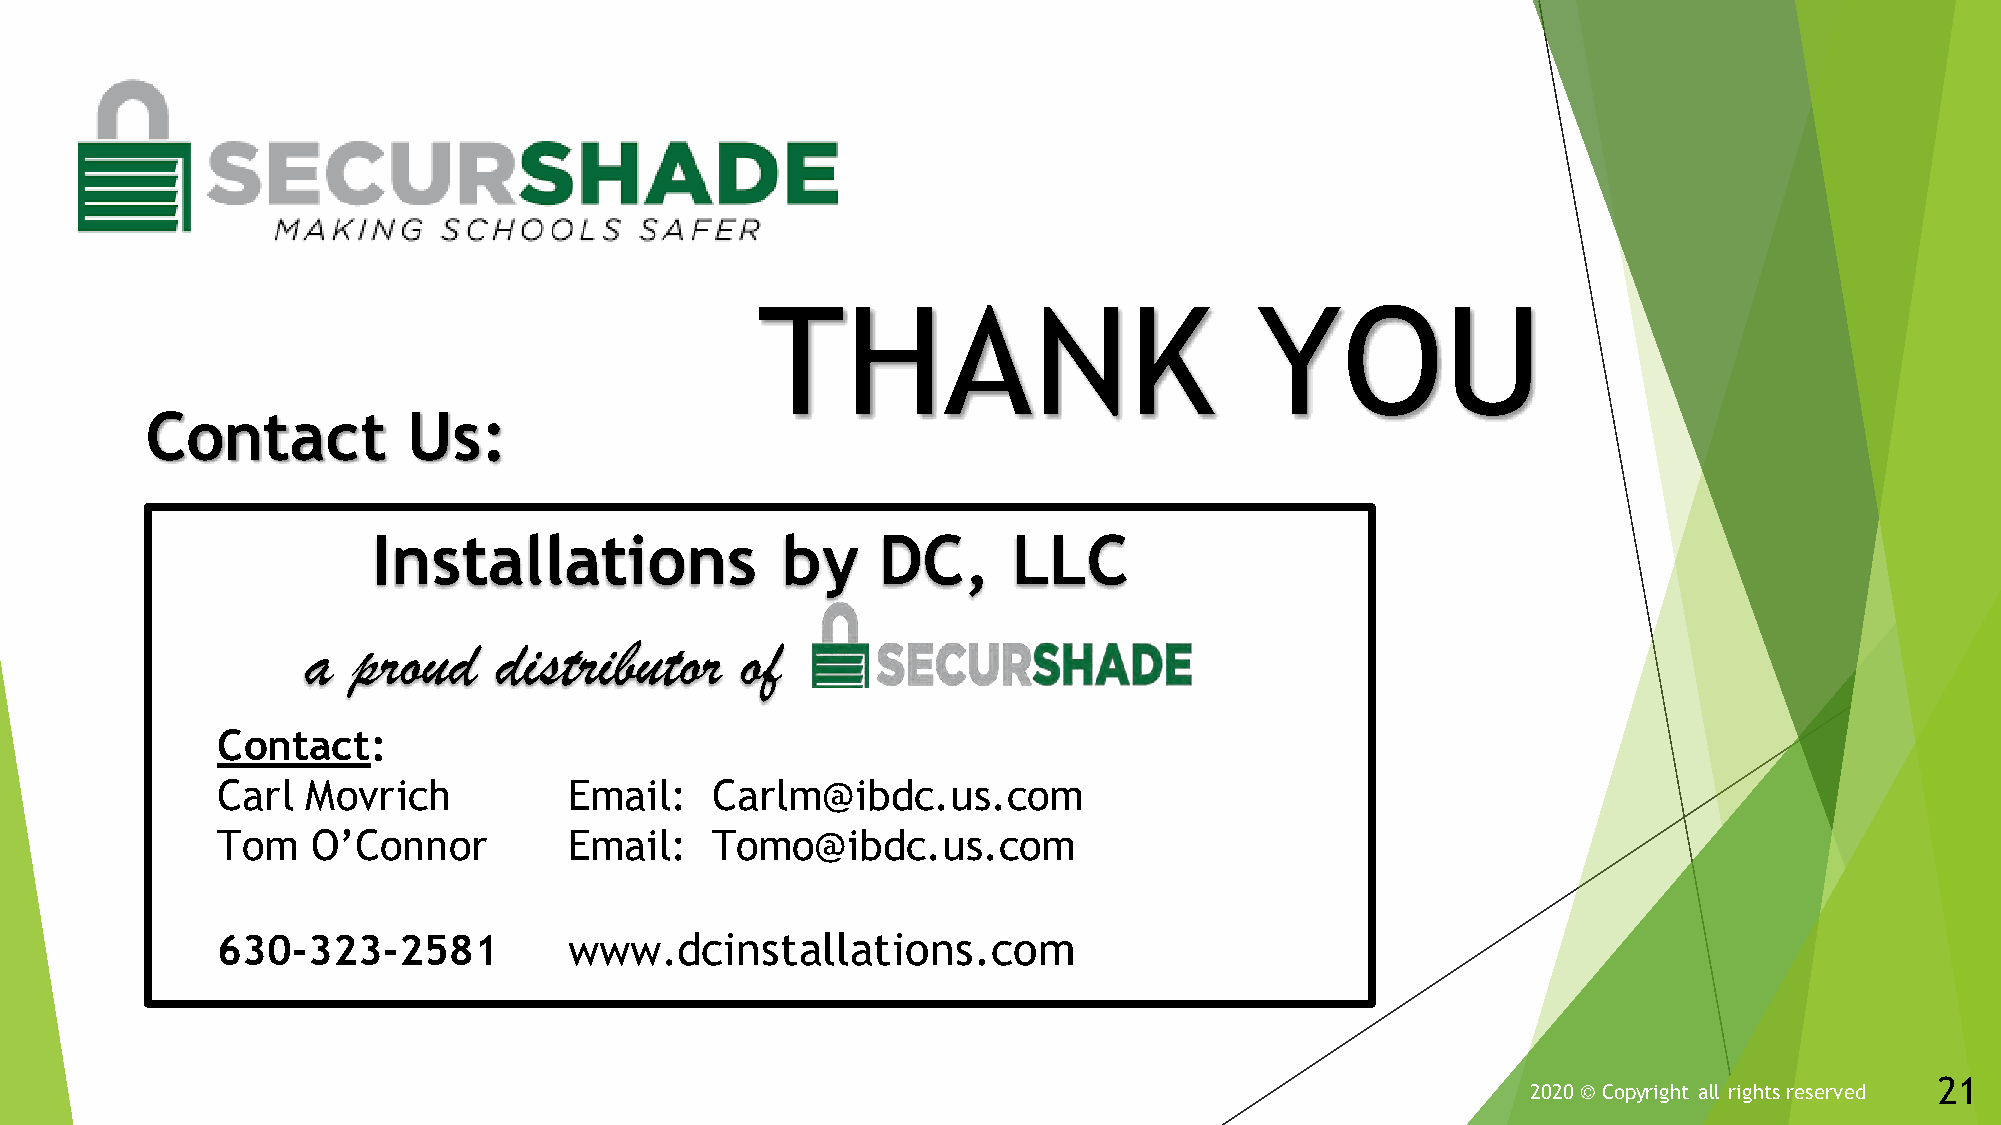
THANK                            YOU
 Contact          Us:
 Installations              by    DC,      LLC
 a  proud     distributor     of
 Contact:
 Carl  Movrich           Email:   Carlm@ibdc.us.com
 Tom    O’Connor         Email:   Tomo@ibdc.us.com
 630-323-2581            www.dcinstallations.com
 21
 2020 © Copyright all rights reserved